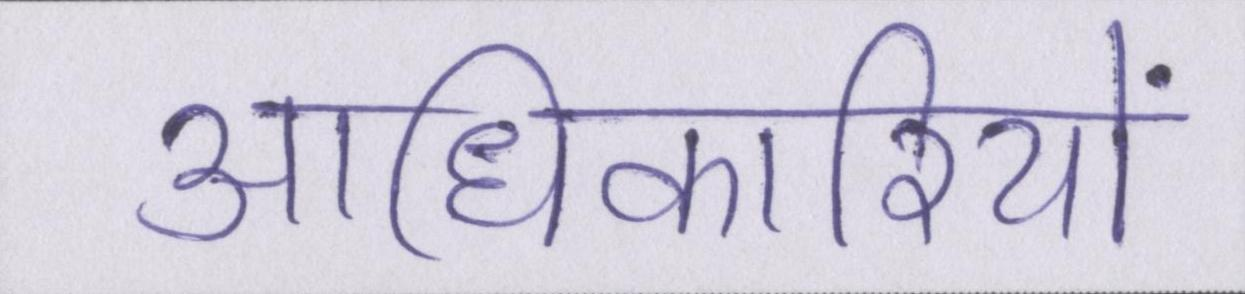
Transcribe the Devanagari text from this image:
आधिकारियों